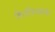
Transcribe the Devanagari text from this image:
मिउजियमके